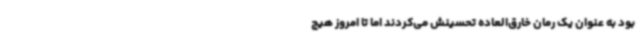
بود به عنوان یک رمان خارق‌العاده تحسینش می‌کردند اما تا امروز هیچ